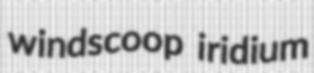
windscoop iridium